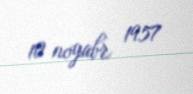
10 noyabr 1957